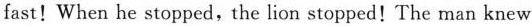
fast！When he stopped, the lion stopped！The man knew